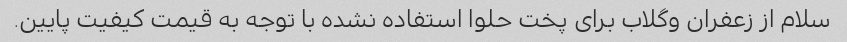
سلام از زعفران وگلاب برای پخت حلوا استفاده نشده با توجه به قیمت کیفیت پایین.